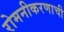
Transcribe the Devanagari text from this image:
रोमनीकरणाची